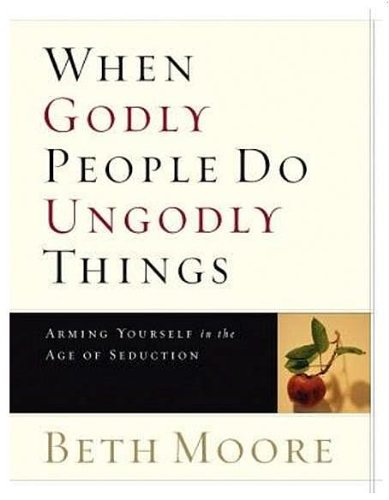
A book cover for When Godly People Do Ungodly Things: Arming Yourself in the Age of Seduction (Leader Guide); Beth Moore; Religion & Spirituality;